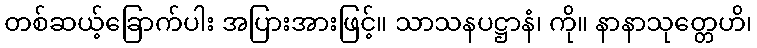
တစ်ဆယ့်ခြောက်ပါး အပြားအားဖြင့်။ သာသနပဋ္ဌာနံ၊ ကို။ နာနာသုတ္တေဟိ၊